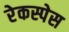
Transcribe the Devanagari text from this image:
रेकस्पेस